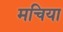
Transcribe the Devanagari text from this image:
मचिया